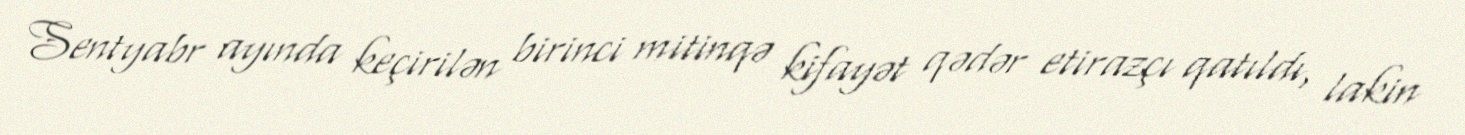
Sentyabr ayında keçirilən birinci mitinqə kifayət qədər etirazçı qatıldı, lakin